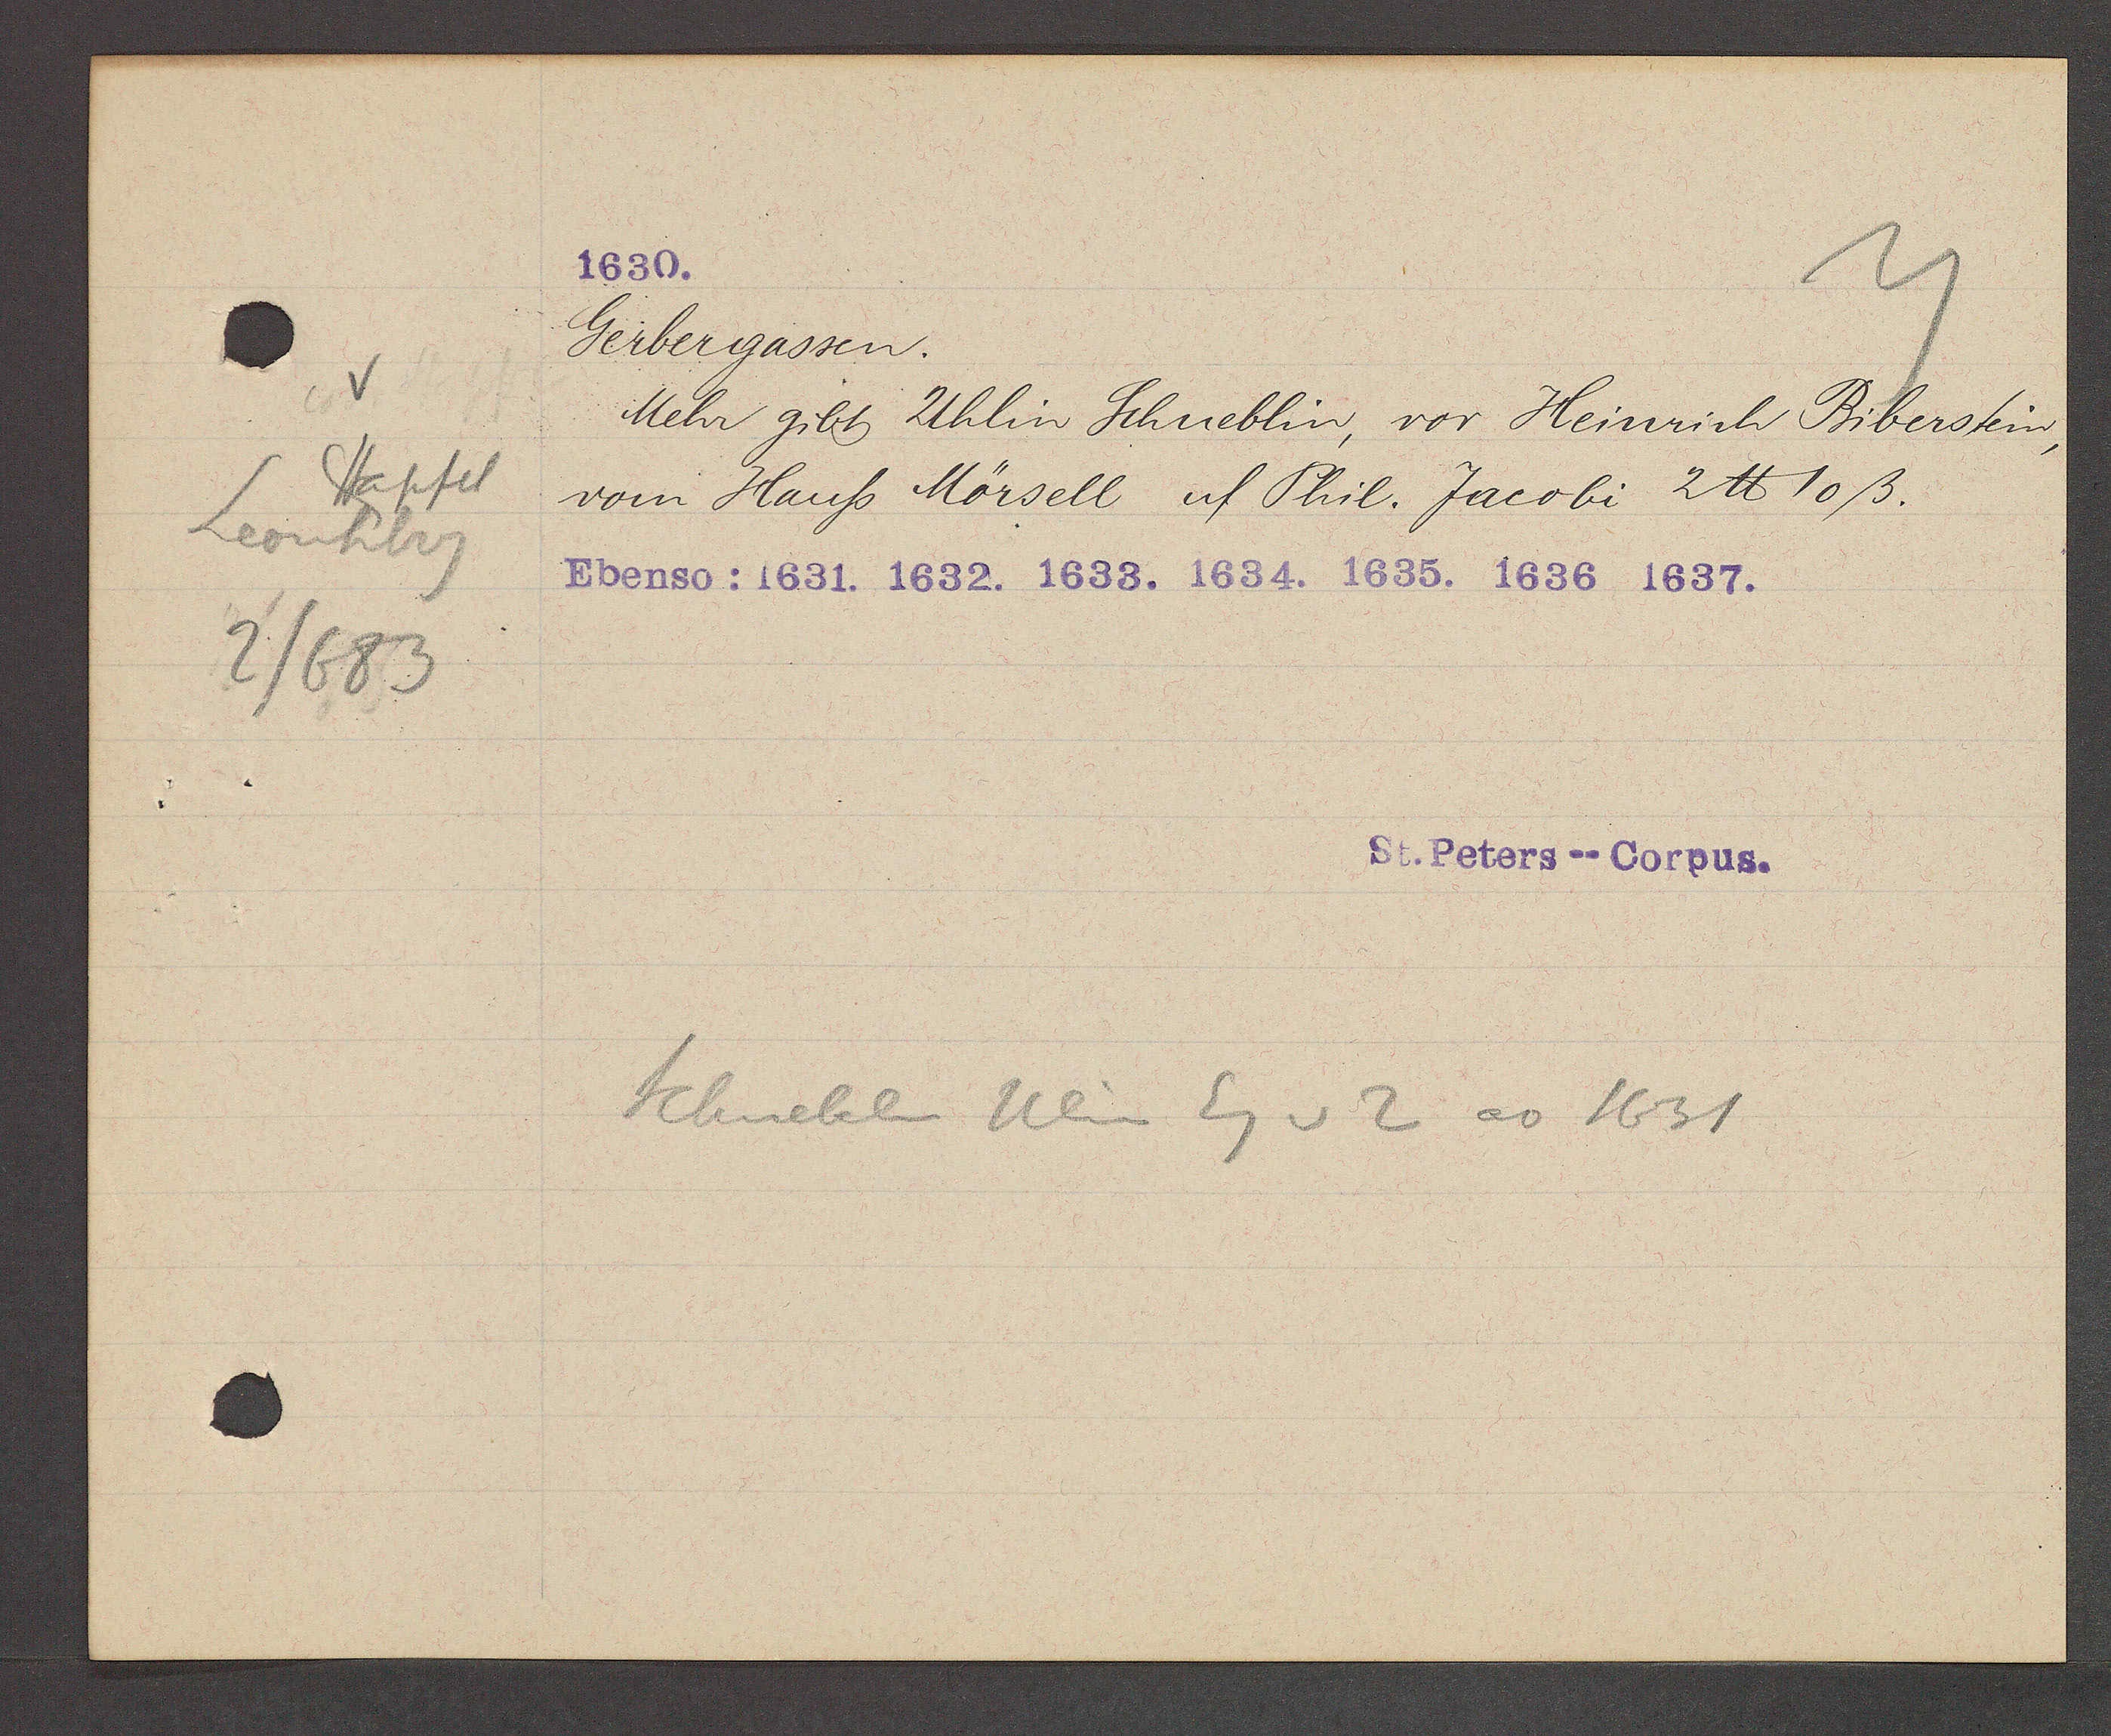
Transcript:
V
Stapfel
Leonhbrg
2/683

1630.

Gerbergassen.
Mehr gibt Uhlin Schueblin, vor Heinrich Biberstein,
vom Hauss Mörsell uf Phil. Jacobi 2 ℔ 10ß.
Ebenso: 1631. 1632. 1633. 1634. 1635. 1636 1637.

St. Peters-- Corpus.

Schnueblin Ulin Eg v 2 ao 1631